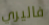
فاليري